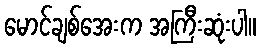
မောင်ချစ်အေးက အကြီးဆုံးပါ။